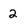
Character: 2